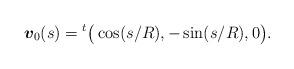
LaTeX: \begin{align*}\mbox{\mathversion{bold}$v$}_{0}(s) = {}^{t}\big( \cos(s/R), -\sin(s/R), 0 \big).\end{align*}